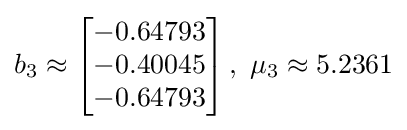
b_{3}\approx \left[{\begin{matrix}-0.64793\\-0.40045\\-0.64793\\\end{matrix}}\right],~\mu _{3}\approx 5.2361